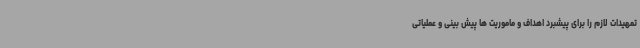
تمهیدات لازم را برای پیشبرد اهداف و ماموریت ها پیش بینی و عملیاتی